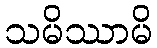
သမိဿာမိ